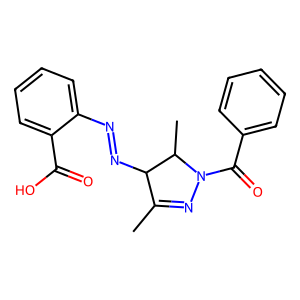
SMILES: CC1=NN(C(=O)c2ccccc2)C(C)C1N=Nc1ccccc1C(=O)O
Inhibits HIV replication: No